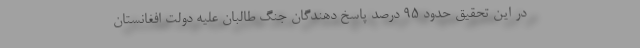
در این تحقیق حدود ۹۵ درصد پاسخ دهندگان جنگ طالبان علیه دولت افغانستان